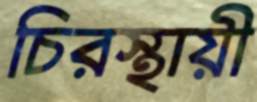
চিরস্থায়ী